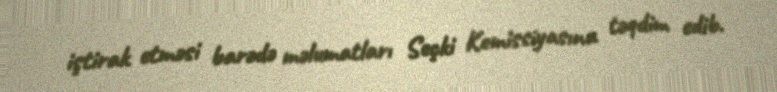
iştirak etməsi barədə məlumatları Seçki Komissiyasına təqdim edib.